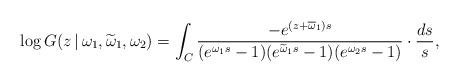
LaTeX: \begin{align*}\log G(z\,|\,\omega_1,\widetilde{\omega}_1,\omega_2) = \int_C \frac{-e^{(z+\overline\omega_1)s}}{(e^{\omega_1 s}-1) (e^{\widetilde\omega_1 s}-1)(e^{\omega_2 s}-1)} \cdot \frac{ds}{s}, \end{align*}